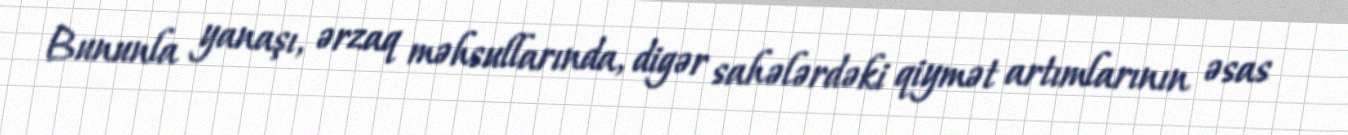
Bununla yanaşı, ərzaq məhsullarında, digər sahələrdəki qiymət artımlarının əsas